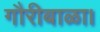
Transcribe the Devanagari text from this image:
गौरीबाळा।